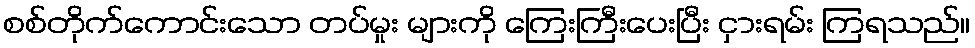
စစ်တိုက်ကောင်းသော တပ်မှုး များကို ကြေးကြီးပေးပြီး ငှားရမ်း ကြရသည်။